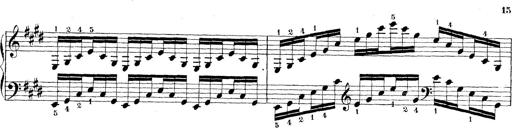
Title: Technische Studien
Composer: Franz Liszt